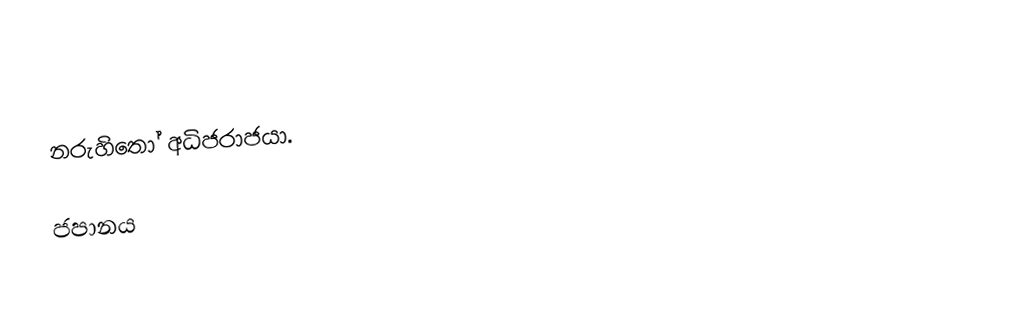
නරුහිතෝ අධිජරාජයා.

ජපානය